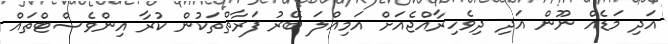
އަދި މަޑެއް ނޫން އަދި ދިވެހިރާއްޖެއަށް އަމިއްލަ ބޭރު ފަރާތްތަކުން ކުރާ އިންވެސްޓްތައް